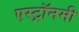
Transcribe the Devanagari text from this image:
एस्‍ट्रॉनमी